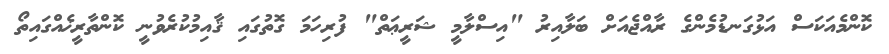
ކޮންމެއަކަސް އަޅުގަނޑުމެންގެ ރާއްޖެއަށް ބަލާއިރު "އިސްލާމީ ޝަރީޢަތް" ފުރިހަމަ ގޮތުގައި ޤާއިމުކުރެވުނީ ކޮންތާރީޚެއްގައިތޯ